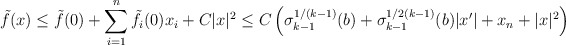
\begin{align*}\tilde{f} (x) \leq \tilde{f} (0) + \sum_{i=1}^n \tilde{f}_i (0) x_i + C |x|^2 \leq C \left(\sigma_{k-1}^{1/(k-1)} (b) + \sigma_{k-1}^{1/2(k-1)} (b) |x'| + x_n + |x|^2\right)\end{align*}